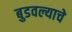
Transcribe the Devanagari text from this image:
बुडवल्याचे